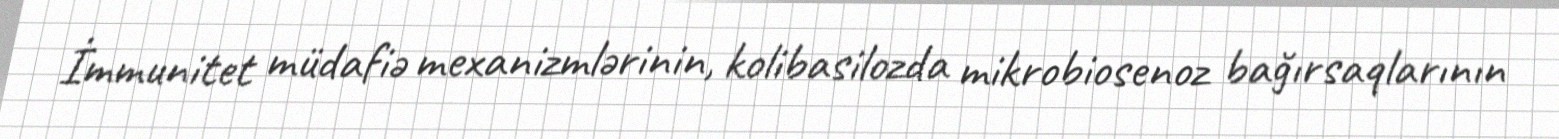
İmmunitet müdafiə mexanizmlərinin, kolibasilozda mikrobiosenoz bağırsaqlarının